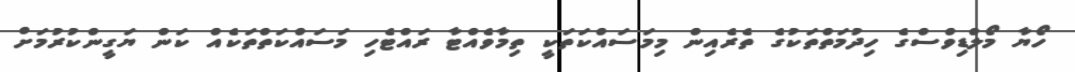
ހޯޔާ މޯލްޑިވްސްގެ ހިދުމަތްތަކުގެ ތެރެއިން މިމަސައްކަތަކީ ތިމާވެއްޓާ ރައްޓެހި މަސައްކަތްތަކެއް ކަން ޔަގީންކުރުމަށް